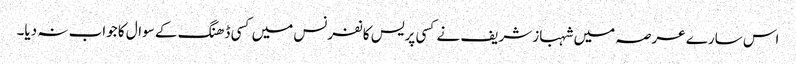
اس سارے عرصہ میں شہباز شریف نے کسی پریس کانفرنس میں کسی ڈھنگ کے سوال کا جواب نہ دیا۔